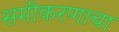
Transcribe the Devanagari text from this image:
समीकरणाचा